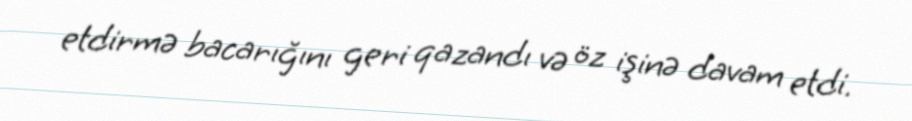
etdirmə bacarığını geri qazandı və öz işinə davam etdi.